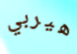
هيربي